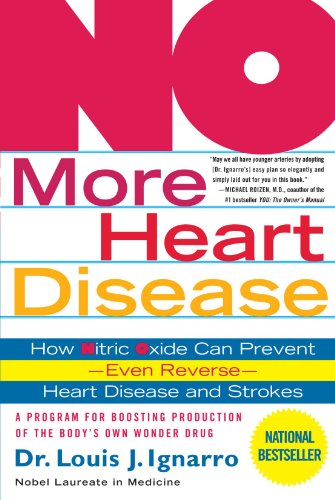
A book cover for NO More Heart Disease: How Nitric Oxide Can Prevent--Even Reverse--Heart Disease and Strokes; Louis Ignarro; Health, Fitness & Dieting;